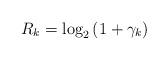
LaTeX: \begin{align*} R_{k}=\log_2\left(1+\gamma_{k}\right)\end{align*}